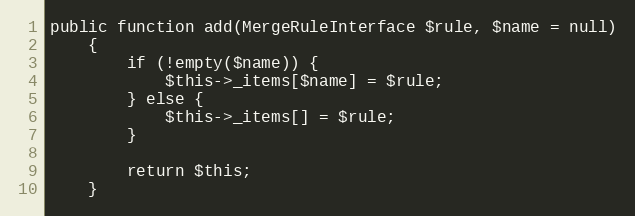
Language: PHP
public function add(MergeRuleInterface $rule, $name = null)
	{
	    if (!empty($name)) {
	    	$this->_items[$name] = $rule;
	    } else {
	    	$this->_items[] = $rule;
	    }

	    return $this;
	}